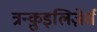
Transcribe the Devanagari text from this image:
त्रन्क़ुइलिज़ेर्स